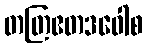
တတြဧတဒဝေါစ